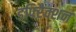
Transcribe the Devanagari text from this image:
डफ्ऱैिक्शन